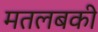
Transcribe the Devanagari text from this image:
मतलबकी